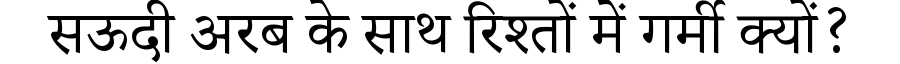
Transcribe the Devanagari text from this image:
सऊदी अरब के साथ रिश्तों में गर्मी क्यों?